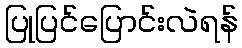
ပြုပြင်ပြောင်းလဲရန်